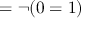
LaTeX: = \neg ( 0 = 1 )